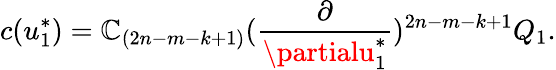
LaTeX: c(u_{1}^{*})=\mathbb{C}_{(2n-m-k+1)}({\frac{{\partial}}{{\partialu_{1}^{*}}}})^{2n-m-k+1}Q_{1}.